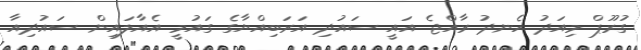
ގުރޫޕް މިއަދު ހެނދު ރާއްޖެ އައީ ސައުދި އަރަބިއްޔާގެ ގައުމީ އެއާލައިން ސައުދިއާ